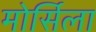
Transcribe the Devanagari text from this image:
मोर्सिला